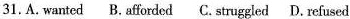
31.A.Wanted B.Afforded C.Struggled D. Refused